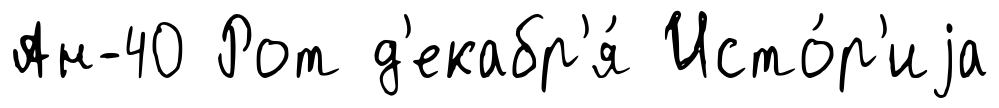
Ан-40 Рот д'екабр'я́ Исто́р'иjа